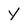
Character: y